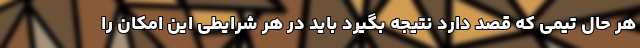
هر حال تیمی که قصد دارد نتیجه بگیرد باید در هر شرایطی این امکان را